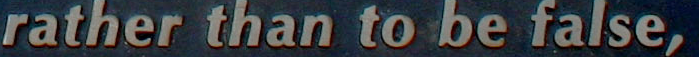
rather than to be false,